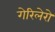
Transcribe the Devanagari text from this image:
गेरिलेरो